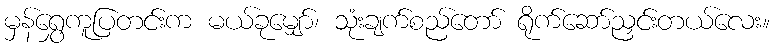
မှန်ရွှေကူပြတင်းက မယ်ခုမျှော်၊ သုံးချက်စည်တော် ရိုက်ဆော်ညှင်းတယ်လေး။